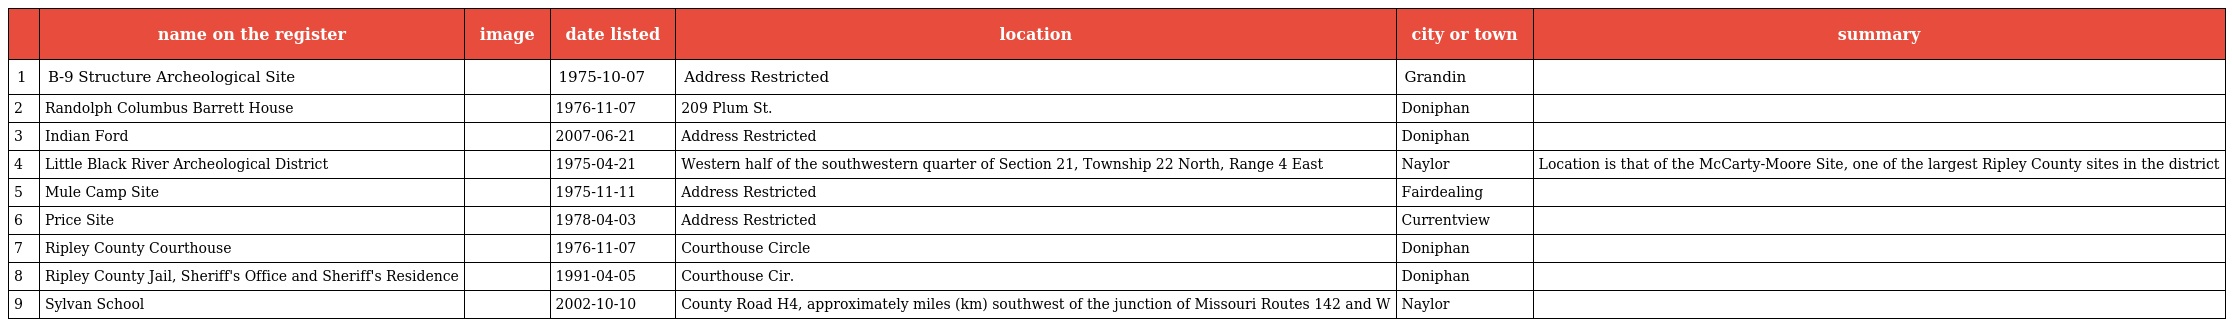
|  | name on the register | image | date listed | location | city or town | summary |
 | --- | --- | --- | --- | --- | --- | --- |
 | 1 | B-9 Structure Archeological Site |  | 1975-10-07 | Address Restricted | Grandin |  |
 | 2 | Randolph Columbus Barrett House |  | 1976-11-07 | 209 Plum St. | Doniphan |  |
 | 3 | Indian Ford |  | 2007-06-21 | Address Restricted | Doniphan |  |
 | 4 | Little Black River Archeological District |  | 1975-04-21 | Western half of the southwestern quarter of Section 21, Township 22 North, Range 4 East | Naylor | Location is that of the McCarty-Moore Site, one of the largest Ripley County sites in the district |
 | 5 | Mule Camp Site |  | 1975-11-11 | Address Restricted | Fairdealing |  |
 | 6 | Price Site |  | 1978-04-03 | Address Restricted | Currentview |  |
 | 7 | Ripley County Courthouse |  | 1976-11-07 | Courthouse Circle | Doniphan |  |
 | 8 | Ripley County Jail, Sheriff's Office and Sheriff's Residence |  | 1991-04-05 | Courthouse Cir. | Doniphan |  |
 | 9 | Sylvan School |  | 2002-10-10 | County Road H4, approximately miles (km) southwest of the junction of Missouri Routes 142 and W | Naylor |  |